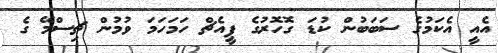
އެއީ އެކަމުގެ ސަބަބުން ކުޑަ ގޮހޮރުގެ ޕީއެޗް ހަމަހަމަ ވުމުން ޗިސްމޭ ގެ